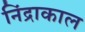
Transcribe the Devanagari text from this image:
निंद्राकाल